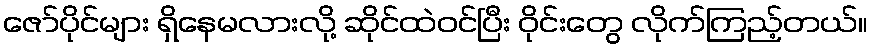
ဇော်ပိုင်များ ရှိနေမလားလို့ ဆိုင်ထဲဝင်ပြီး ဝိုင်းတွေ လိုက်ကြည့်တယ်။